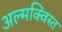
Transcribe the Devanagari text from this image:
अल्मक्विस्त